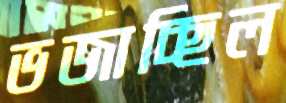
ভজাচ্ছিল